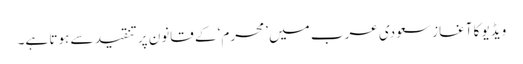
ویڈیو کا آغاز سعودی عرب میں ’محرم‘ کے قانون پر تنقید سے ہوتا ہے۔